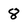
Character: 8